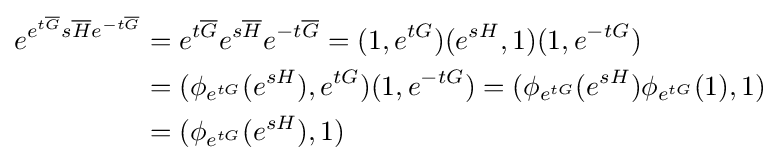
{\begin{aligned}e^{e^{t{\overline {G}}}s{\overline {H}}e^{-t{\overline {G}}}}&=e^{t{\overline {G}}}e^{s{\overline {H}}}e^{-t{\overline {G}}}=(1,e^{tG})(e^{sH},1)(1,e^{-tG})\\&=(\phi _{e^{tG}}(e^{sH}),e^{tG})(1,e^{-tG})=(\phi _{e^{tG}}(e^{sH})\phi _{e^{tG}}(1),1)\\&=(\phi _{e^{tG}}(e^{sH}),1)\end{aligned}}